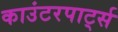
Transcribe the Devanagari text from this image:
काउंटरपार्ट्स